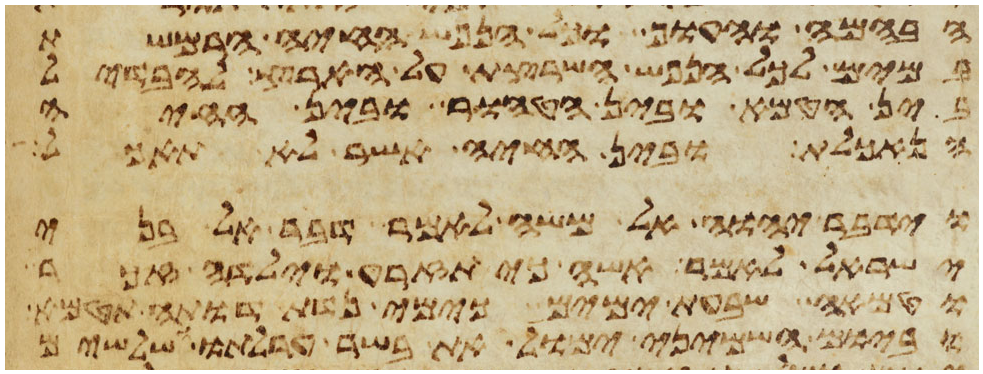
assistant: הבהמה והעוף וכל הנפש החיה הרמשת
במים לכל הנפש השרצת על הארץ להבדיל
בין הטמא ובין הטהור ובין החיה
הנאכלת ובין החיה אשר לא תאכל
וידבר יהוה אל משה לאמר דבר אל בני
ישראל לאמר אשה כי תזרע וילדה זכר
וטמאה שבעת ימים כימי נדת דותה תטמא
וביום השמיני ימול את בשר ערלתו ושלשים